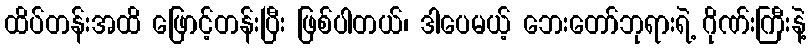
ထိပ်တန်းအထိ ဖြောင့်တန်းပြီး ဖြစ်ပါတယ်၊ ဒါပေမယ့် ဘေးတော်ဘုရားရဲ့ ဂိုဏ်းကြီးနဲ့